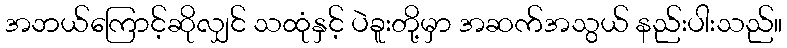
အဘယ်ကြောင့်ဆိုလျှင် သထုံနှင့် ပဲခူးတို့မှာ အဆက်အသွယ် နည်းပါးသည်။